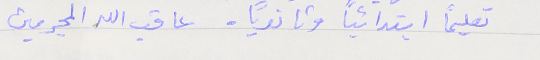
تعليماً ابتدائياً وثانوياً.  عاقب الله المجرمين